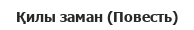
Қилы заман (Повесть)